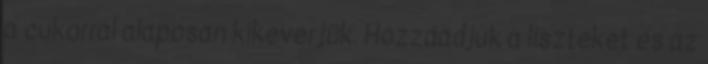
a cukorral alaposan kikeverjük. Hozzáadjuk a liszteket és az